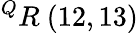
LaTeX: ^{Q}R\ (12,13)